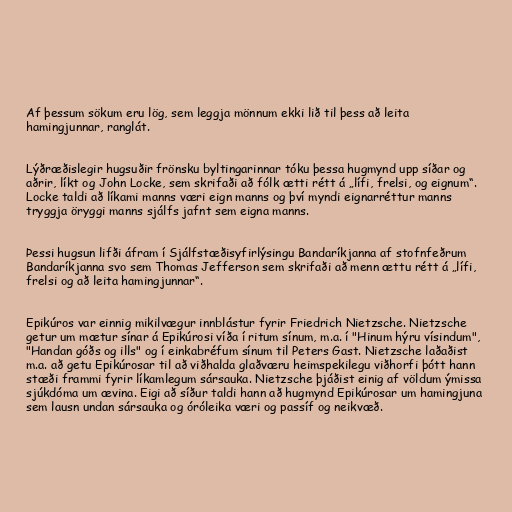
Af þessum sökum eru lög, sem leggja mönnum ekki lið til þess að leita
hamingjunnar, ranglát.

Lýðræðislegir hugsuðir frönsku byltingarinnar tóku þessa hugmynd upp síðar og
aðrir, líkt og John Locke, sem skrifaði að fólk ætti rétt á „lífi, frelsi, og eignum“.
Locke taldi að líkami manns væri eign manns og því myndi eignarréttur manns
tryggja öryggi manns sjálfs jafnt sem eigna manns.

Þessi hugsun lifði áfram í Sjálfstæðisyfirlýsingu Bandaríkjanna af stofnfeðrum
Bandaríkjanna svo sem Thomas Jefferson sem skrifaði að menn ættu rétt á „lífi,
frelsi og að leita hamingjunnar“.

Epikúros var einnig mikilvægur innblástur fyrir Friedrich Nietzsche. Nietzsche
getur um mætur sínar á Epikúrosi víða í ritum sínum, m.a. í "Hinum hýru vísindum",
"Handan góðs og ills" og í einkabréfum sínum til Peters Gast. Nietzsche laðaðist
m.a. að getu Epikúrosar til að viðhalda glaðværu heimspekilegu viðhorfi þótt hann
stæði frammi fyrir líkamlegum sársauka. Nietzsche þjáðist einig af völdum ýmissa
sjúkdóma um ævina. Eigi að síður taldi hann að hugmynd Epikúrosar um hamingjuna
sem lausn undan sársauka og óróleika væri og passíf og neikvæð.